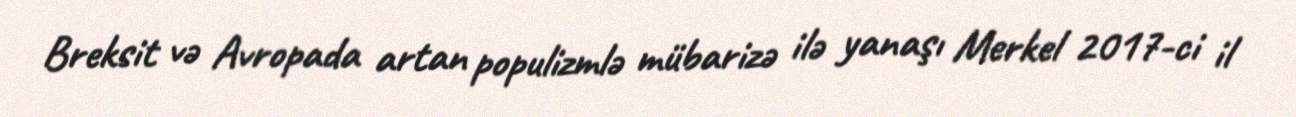
Breksit və Avropada artan populizmlə mübarizə ilə yanaşı Merkel 2017-ci il